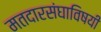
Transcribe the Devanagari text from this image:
मतदारसंघाविषयी